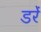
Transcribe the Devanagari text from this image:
डरें